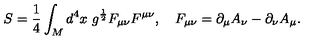
S = \frac 1 4 \int _ { M } d ^ { 4 } x \ g ^ { \frac 1 2 } F _ { \mu \nu } F ^ { \mu \nu } , \quad F _ { \mu \nu } = \partial _ { \mu } A _ { \nu } - \partial _ { \nu } A _ { \mu } .